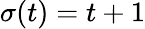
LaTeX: \sigma(t)=t+1